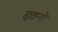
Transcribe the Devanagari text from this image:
इतनो